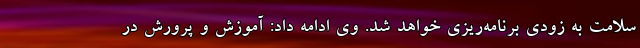
سلامت به زودی برنامه‌ریزی خواهد شد. وی ادامه داد: آموزش و پرورش در